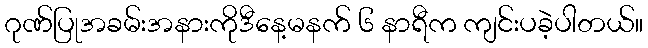
ဂုဏ်ပြုအခမ်းအနားကိုဒီနေ့မနက် ၆ နာရီက ကျင်းပခဲ့ပါတယ်။